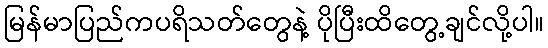
မြန်မာပြည်ကပရိသတ်တွေနဲ့ ပိုပြီးထိတွေ့ချင်လို့ပါ။